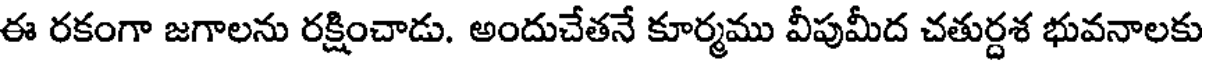
ఈ రకంగా జగాలను రక్షించాడు. అందుచేతనే కూర్మము వీపుమీద చతుర్దశ భువనాలకు